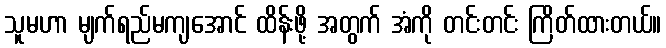
သူမဟာ မျက်ရည်မကျအောင် ထိန်းဖို့ အတွက် အံကို တင်းတင်း ကြိတ်ထားတယ်။